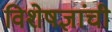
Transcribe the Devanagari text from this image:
विशेषज्ञांची